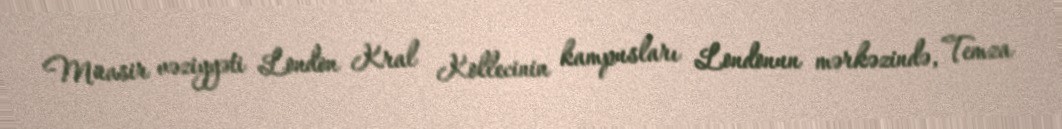
Müasir vəziyyəti London Kral Kollecinin kampusları Londonun mərkəzində, Temza